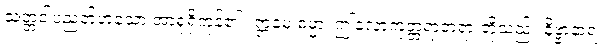
သတ္တဝါပညတ်ဟူသော အာရုံရှိကုန်၏။ ဣမေ ဓမ္မာ၊ ဤလောကုတ္တရာတရားတို့သည်။ နိဗ္ဗာနာရ